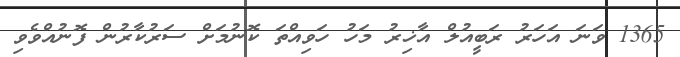
1365 ވަނަ އަހަރު ރަބީއުލް އާޚިރު މަހު ހަވިއްތަ ކޮނުމަށް ސަރުކާރުން ފޮނުއްވެވި